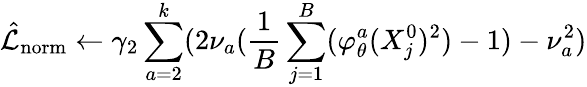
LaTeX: \hat{\mathcal{L}}_{\mathrm{{norm}}}\gets\gamma_{2}\sum_{a=2}^{k}(2\nu_{a}(\frac{1}{B}\sum_{j=1}^{B}(\varphi_{\theta}^{a}(X_{j}^{0})^{2})-1)-\nu_{a}^{2})